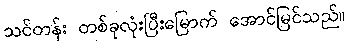
သင်တန်း တစ်ခုလုံးပြီးမြောက် အောင်မြင်သည်။